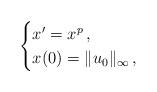
LaTeX: \begin{align*}\begin{cases}x^\prime = x^p \, , \\x(0)=\| u_0 \|_\infty \, ,\end{cases}\end{align*}